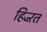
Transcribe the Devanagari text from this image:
हिज्ऱत